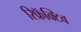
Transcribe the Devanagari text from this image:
रिफ्रॅक्टिव